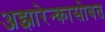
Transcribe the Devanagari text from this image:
अझारेन्कासोबत